Indian journal of veterinary science and animal husbandry - Volume 7,
Year: 1937
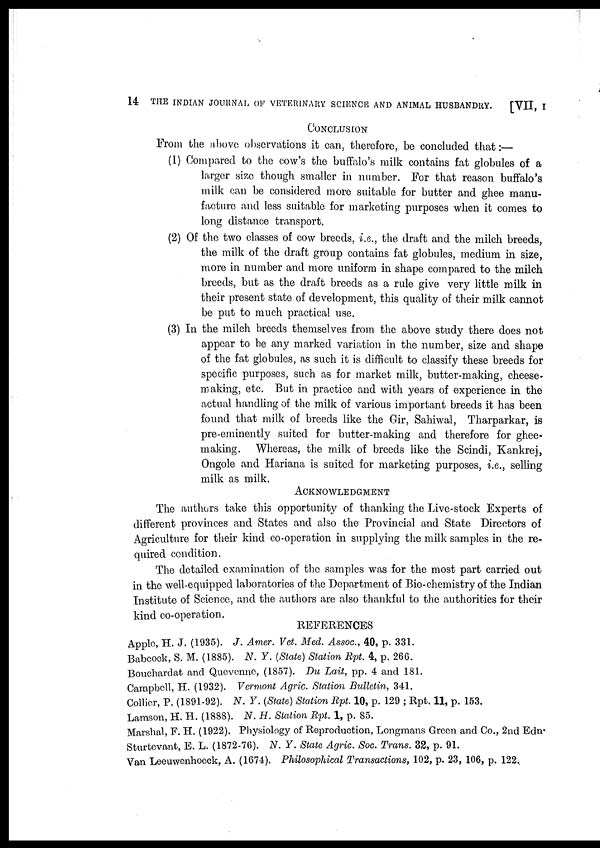
14 THE INDIAN JOURNAL OF VETERINARY SCIENCE AND ANIMAL HUSBANDRY.
[VII, I
CONCLUSION
From the above observations it can, therefore, be concluded that:—
(1) Compared to the cow's the buffalo's milk contains fat globules of a
larger size though smaller in number. For that reason buffalo's
milk can be considered more suitable for butter and ghee manu-
facture and less suitable for marketing purposes when it comes to
long distance transport.
(2) Of the two classes of cow breeds, i.e., the draft and the milch breeds,
the milk of the draft group contains fat globules, medium in size,
more in number and more uniform in shape compared to the milch
breeds, but as the draft breeds as a rule give very little milk in
their present state of development, this quality of their milk cannot
be put to much practical use.
(3) In the milch breeds themselves from the above study there does not
appear to be any marked variation in the number, size and shape
of the fat globules, as such it is difficult to classify these breeds for
specific purposes, such as for market milk, butter-making, cheese-
making, etc. But in practice and with years of experience in the
actual handling of the milk of various important breeds it has been
found that milk of breeds like the Gir, Sahiwal, Tharparkar, is
pre-eminently suited for butter-making and therefore for ghee-
making. Whereas, the milk of breeds like the Scindi, Kankrej,
Ongole and Hariana is suited for marketing purposes, i.e., selling
milk as milk.
ACKNOWLEDGEMENT
The authors take this opportunity of thanking the Live-stock Experts of
different provinces and States and also the Provincial and State Directors of
Agriculture for their kind co-operation in supplying the milk samples in the re-
quired condition.
The detailed examination of the samples was for the most part carried out
in the well-equipped laboratories of the Department of Bio-chemistry of the Indian
Institute of Science, and the authors are also thankful to the authorities for their
kind no-operation.
REFERENCES
Apple, H. J. (1935). J. Amer. Vet. Med. Assoc., 40, p. 331.
Babcock, S. M. (1885). N. Y. (State) Station Rpt. 4, p. 266.
Bouchardat and Quevenne, (1857). Du Lait, pp. 4 and 181.
Campbell, H. (1932). Vermont Agric. Station Bulletin, 341.
Collier, P. (1891-92). N. Y. (State) Station Rpt. 10, p. 129 ; Rpt. 11, p. 153.
Lamson, H. H. (1888). N. H. Station Rpt. 1, p. 85.
Marshal, F. H. (1922). Physiology of Reproduction, Longmans Green and Co., 2nd Edn-
Sturtevant, E. L. (1872-76). N. Y. State Agric. Soc. Trans. 32, p. 91.
Van Leeuwenhoeck, A. (1674). Philosophical Transactions, 102, p. 23, 106, p. 122.